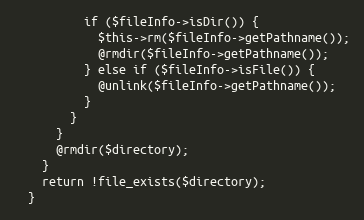
Language: PHP
          if ($fileInfo->isDir()) {
            $this->rm($fileInfo->getPathname());
            @rmdir($fileInfo->getPathname());
          } else if ($fileInfo->isFile()) {
            @unlink($fileInfo->getPathname());
          }
        }
      }
      @rmdir($directory);
    }
    return !file_exists($directory);
  }